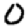
Digit: 0